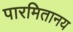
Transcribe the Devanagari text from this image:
पारमितानय